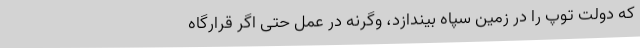
که دولت توپ را در زمین سپاه بیندازد، وگرنه در عمل حتی اگر قرارگاه